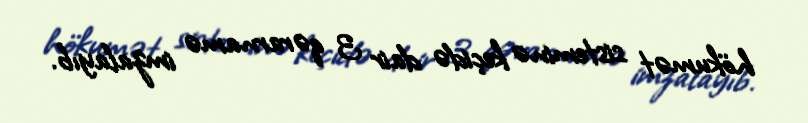
hökumət sisteminə keçidə dair 3 qərarnamə imzalayıb.